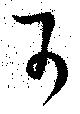
可